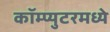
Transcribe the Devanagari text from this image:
कॉम्प्युटरमध्ये